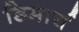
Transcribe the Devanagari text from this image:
डिमार्च